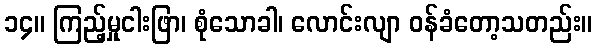
၁၄။ ကြည့်မှုငါးဖြာ၊ စုံသောခါ၊ လောင်းလျာ ဝန်ခံတော့သတည်း။